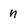
Character: n